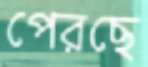
পেরছে